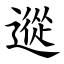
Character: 䢨